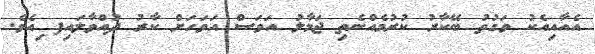
އެއާއިއެކު ވަގުތު ބޭކާރު ކުރުމެއްނެތި ޖަމާލު އަވަސް އަވަހަށް ކާރު ދުއްވާލައިފ ިއެވެ.